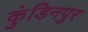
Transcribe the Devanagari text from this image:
कुंडिनपुर